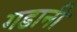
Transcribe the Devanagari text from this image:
गडानी